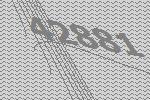
42881